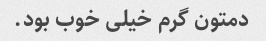
دمتون گرم خیلی خوب بود.